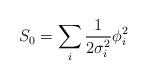
LaTeX: \begin{align*}S_0 = \sum_i {1 \over 2 \sigma_i^2} \phi_i^2\end{align*}